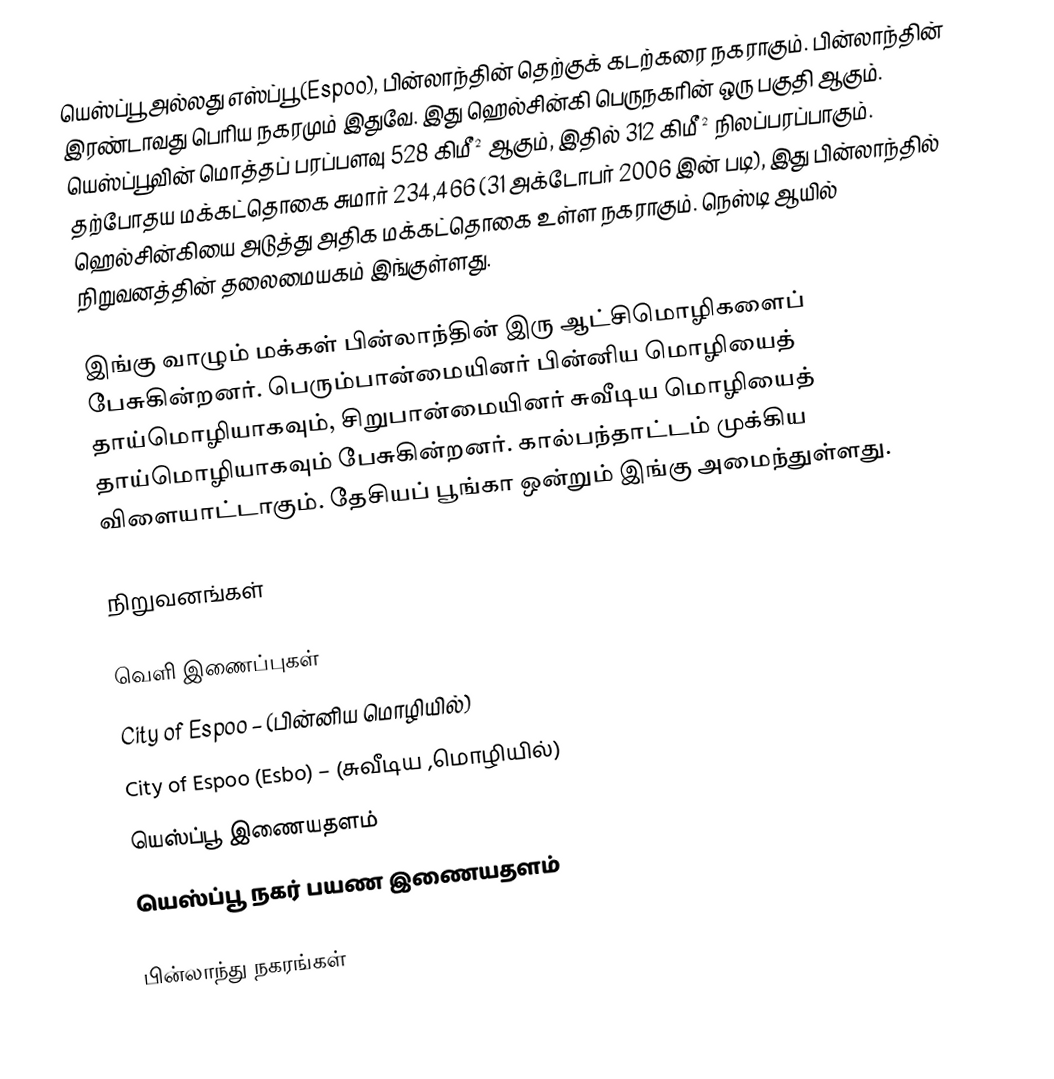
யெஸ்ப்பூ அல்லது எஸ்ப்பூ (Espoo), பின்லாந்தின் தெற்குக் கடற்கரை நகராகும். பின்லாந்தின் இரண்டாவது பெரிய நகரமும் இதுவே. இது ஹெல்சின்கி பெருநகரின் ஒரு பகுதி ஆகும். யெஸ்ப்பூவின் மொத்தப் பரப்பளவு 528 கிமீ² ஆகும், இதில் 312 கிமீ² நிலப்பரப்பாகும். தற்போதய மக்கட்தொகை சுமார் 234,466 (31 அக்டோபர் 2006 இன் படி), இது பின்லாந்தில் ஹெல்சின்கியை அடுத்து அதிக மக்கட்தொகை உள்ள நகராகும். நெஸ்டி ஆயில் நிறுவனத்தின் தலைமையகம் இங்குள்ளது.

இங்கு வாழும் மக்கள் பின்லாந்தின் இரு ஆட்சிமொழிகளைப் பேசுகின்றனர். பெரும்பான்மையினர் பின்னிய மொழியைத் தாய்மொழியாகவும், சிறுபான்மையினர் சுவீடிய மொழியைத் தாய்மொழியாகவும் பேசுகின்றனர். கால்பந்தாட்டம் முக்கிய விளையாட்டாகும். தேசியப் பூங்கா ஒன்றும் இங்கு அமைந்துள்ளது.

நிறுவனங்கள்

வெளி இணைப்புகள்
 City of Espoo – (பின்னிய மொழியில்)
 City of Espoo (Esbo) – (சுவீடிய ,மொழியில்)
 யெஸ்ப்பூ இணையதளம்
 யெஸ்ப்பூ நகர் பயண இணையதளம்

பின்லாந்து நகரங்கள்